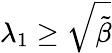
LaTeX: \lambda_{1}\geq\sqrt{\tilde{\beta}}